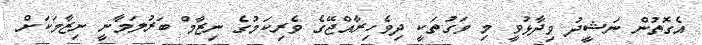
އެގޮތުން ނަޝީދު ވިދާޅުވީ މި ވަގުތަކީ ދިވެހިރާއްޖޭގެ ވެރިކަމުގެ ނިޒާމް ބަރުލަމާނީ ނިޒާމަކަށް